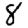
Digit: 8